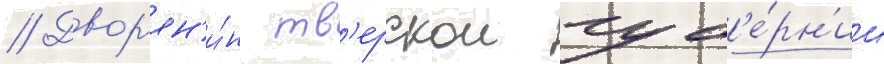
// Двор'ян'и́н тв'ерскои губ'е́рн'ии